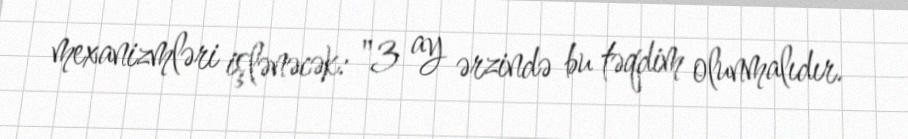
mexanizmləri işlənəcək: "3 ay ərzində bu təqdim olunmalıdır.